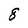
Character: 8